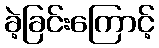
ခဲ့ခြင်းကြောင့်